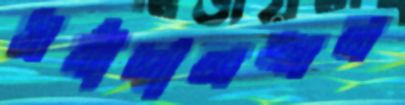
মর্যাদালঙ্ঘন